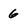
Character: 6